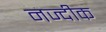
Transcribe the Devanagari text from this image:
नज्दीक